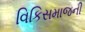
વિકિસમાજની